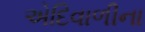
એદિવાળીના